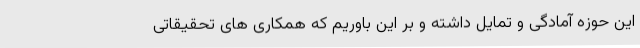
این حوزه آمادگی و تمایل داشته و بر این باوریم که همکاری های تحقیقاتی